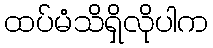
ထပ်မံသိရှိလိုပါက